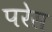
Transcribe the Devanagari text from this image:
परेस